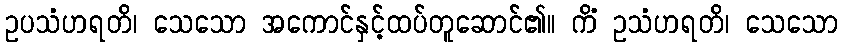
ဥပသံဟရတိ၊ သေသော အကောင်နှင့်ထပ်တူဆောင်၏။ ကိံ ဥသံဟရတိ၊ သေသော